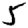
Digit: 5